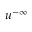
u ^ { - \infty }